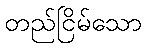
တည်ငြိမ်သော